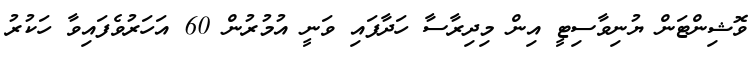
ވޮޝިންޓަން ޔުނިވާސިޓީ އިން މިދިރާސާ ހަދާފައި ވަނީ އުމުރުން 60 އަހަރުވެފައިވާ ހަކުރު